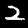
Digit: 2